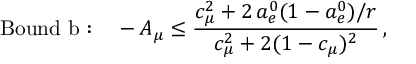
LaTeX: \mathrm { B o u n d ~ b : } \quad - A _ { \mu } \leq \frac { c _ { \mu } ^ { 2 } + 2 \, a _ { e } ^ { 0 } ( 1 - a _ { e } ^ { 0 } ) / r } { c _ { \mu } ^ { 2 } + 2 ( 1 - c _ { \mu } ) ^ { 2 } } \, ,